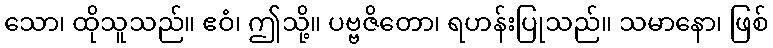
သော၊ ထိုသူသည်။ ဧဝံ၊ ဤသို့။ ပဗ္ဗဇိတော၊ ရဟန်းပြုသည်။ သမာနော၊ ဖြစ်